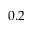
0 . 2